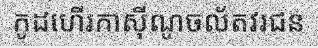
កូដហើរកាស៊ីណូចល័តវរជន